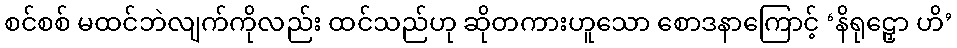
စင်စစ် မထင်ဘဲလျက်ကိုလည်း ထင်သည်ဟု ဆိုတကားဟူသော စောဒနာကြောင့် ‘နိရုဠှော ဟိ’